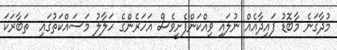
މުދާގަނެ މާބޮޑު ފައިދާއެއް ނުލައި ވިއްކަންފެށީވެސް އަހަރެންގެ ހަލާލު މަސައްކަތުގައި  ތަބާރަކަ